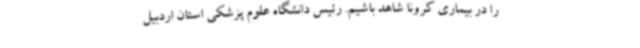
را در بیماری کرونا شاهد باشیم. رئیس دانشگاه علوم پزشکی استان اردبیل